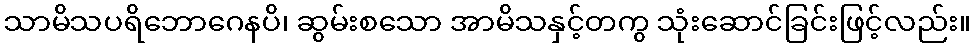
သာမိသပရိဘောဂေနပိ၊ ဆွမ်းစသော အာမိသနှင့်တကွ သုံးဆောင်ခြင်းဖြင့်လည်း။